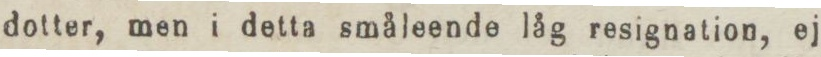
dotter, men i detta småleende låg resignation, ej